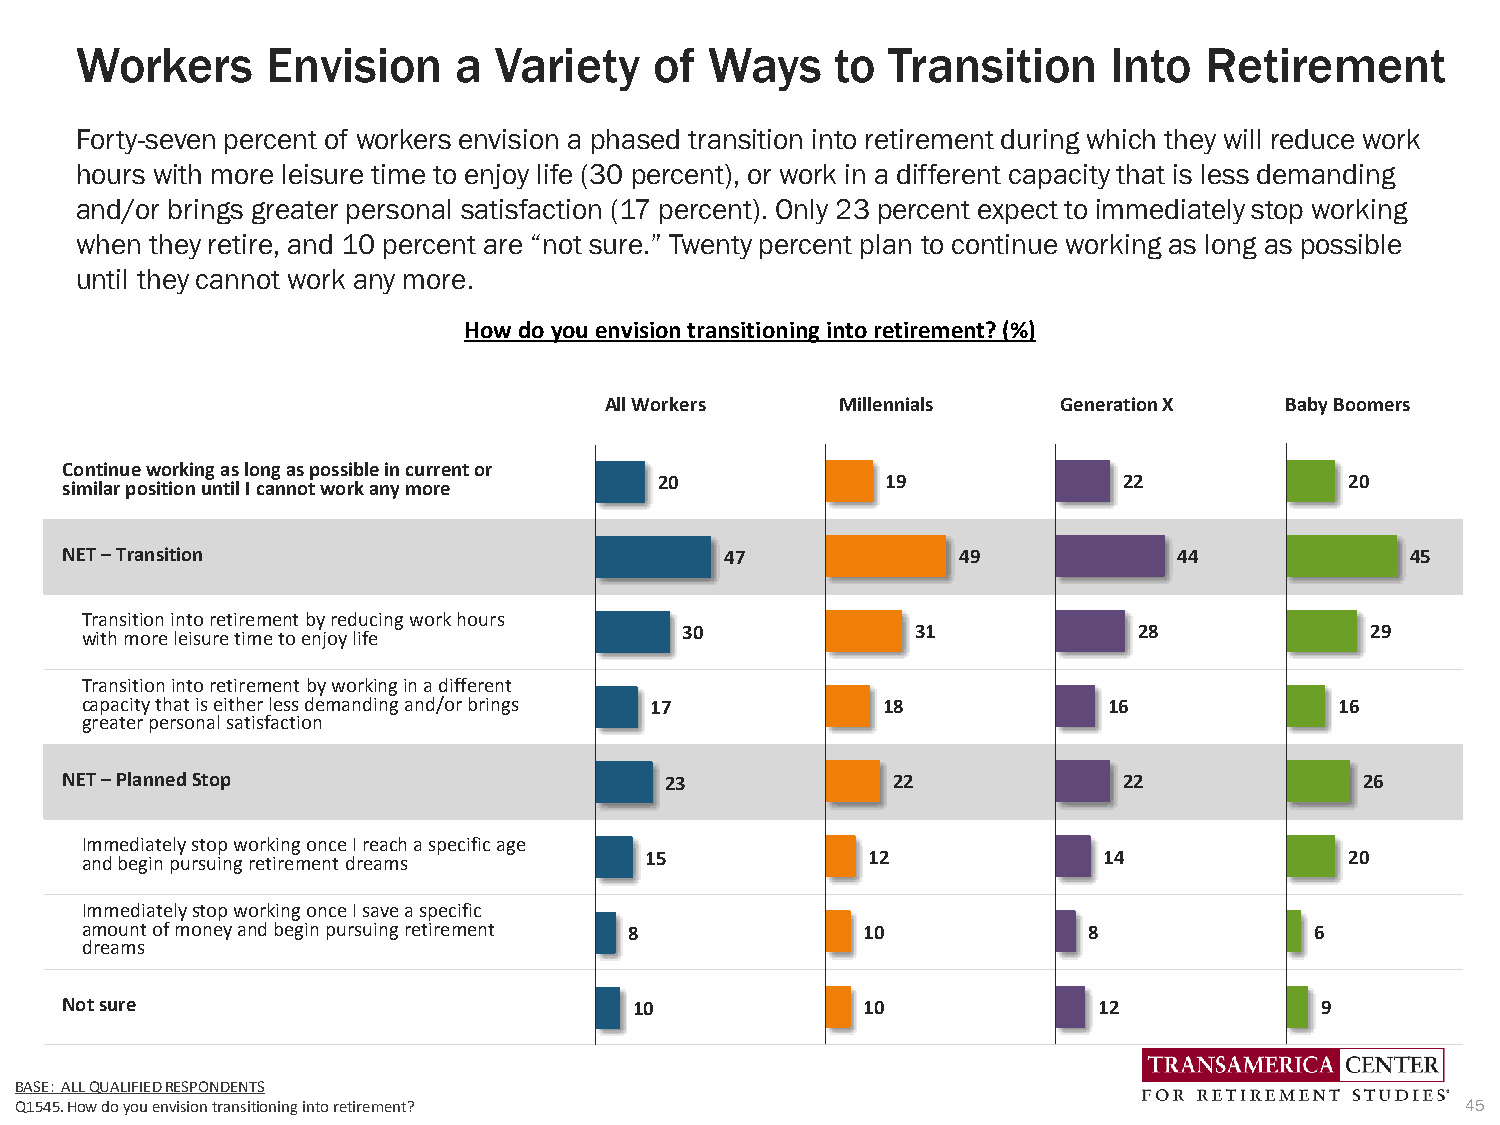
Workers      Envision    a  Variety   of  Ways    to  Transition     Into  Retirement
 Forty-seven percent of workers envision a phased transition into retirement during which they will reduce work
 hours with more leisure time to enjoy life (30 percent), or work in a different capacity that is less demanding
 and/or brings greater personal satisfaction (17 percent). Only 23 percent expect to immediately stop working
 when they retire, and 10 percent are “not sure.” Twenty percent plan to continue working as long as possible
 until they cannot work any more.
 How do you envision transitioning into retirement? (%)
 All Workers     Millennials   Generation X   Baby Boomers
 Continue working as long as possible in current or
 similarposition until I cannot work any more 20        19             22             20
 NET –Transition                             47              49            44             45
 Transition into retirement by reducing work hours
 with more leisure time to enjoy life    30              31            28              29
 Transitioninto retirement by working in a different
 capacity that is either less demanding and/or brings 17 18          16              16
 greater personal satisfaction
 NET –PlannedStop                        23             22             22              26
 Immediately stop working once I reach a specific age
 and begin pursuing retirement dreams  15            12              14              20
 Immediatelystop working once I save a specific
 amount of money and begin pursuing retirement 8     10             8              6
 dreams
 Not sure                              10             10              12            9
 BASE: ALL QUALIFIED RESPONDENTS
 Q1545. How do you envision transitioning into retirement?                                       45